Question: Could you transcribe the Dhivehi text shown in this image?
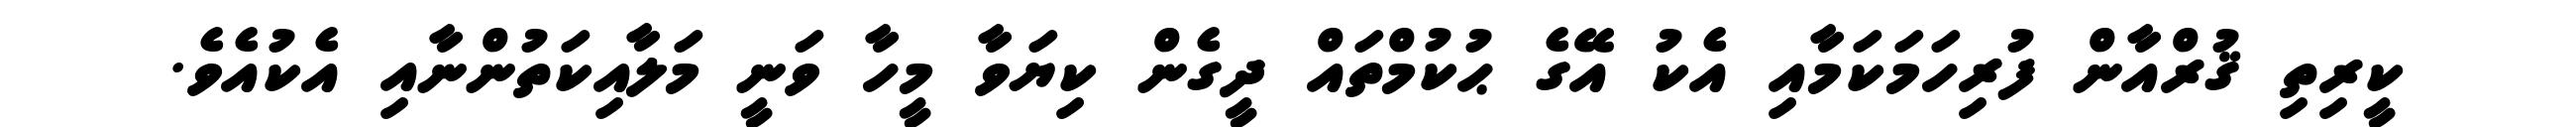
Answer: ކީރިތި ޤުރްއާން ފުރިހަމަކަމާއި އެކު އޭގެ ޙުކުމްތައް ދީގެން ކިޔަވާ މީހާ ވަނީ މަލާއިކަތުންނާއި އެކުއެވެ.